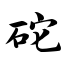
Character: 砣